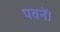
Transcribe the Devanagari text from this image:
पवनें।